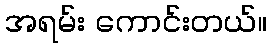
အရမ်း ကောင်းတယ်။